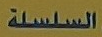
السلسلة